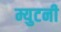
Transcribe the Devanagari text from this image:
म्युटनी